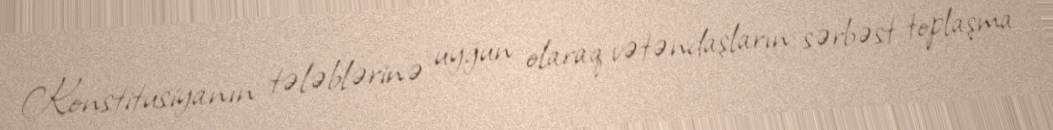
Konstitusiyanın tələblərinə uyğun olaraq vətəndaşların sərbəst toplaşma